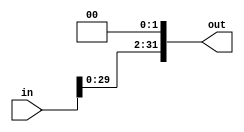
module shiftLeft2(in, out);

	input [31:0] in;
	
	output [31:0] out;
	
	assign out[31:2] = in[29:0];
	assign out[1:0] = 2'b0;

endmodule